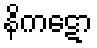
နိကဋော